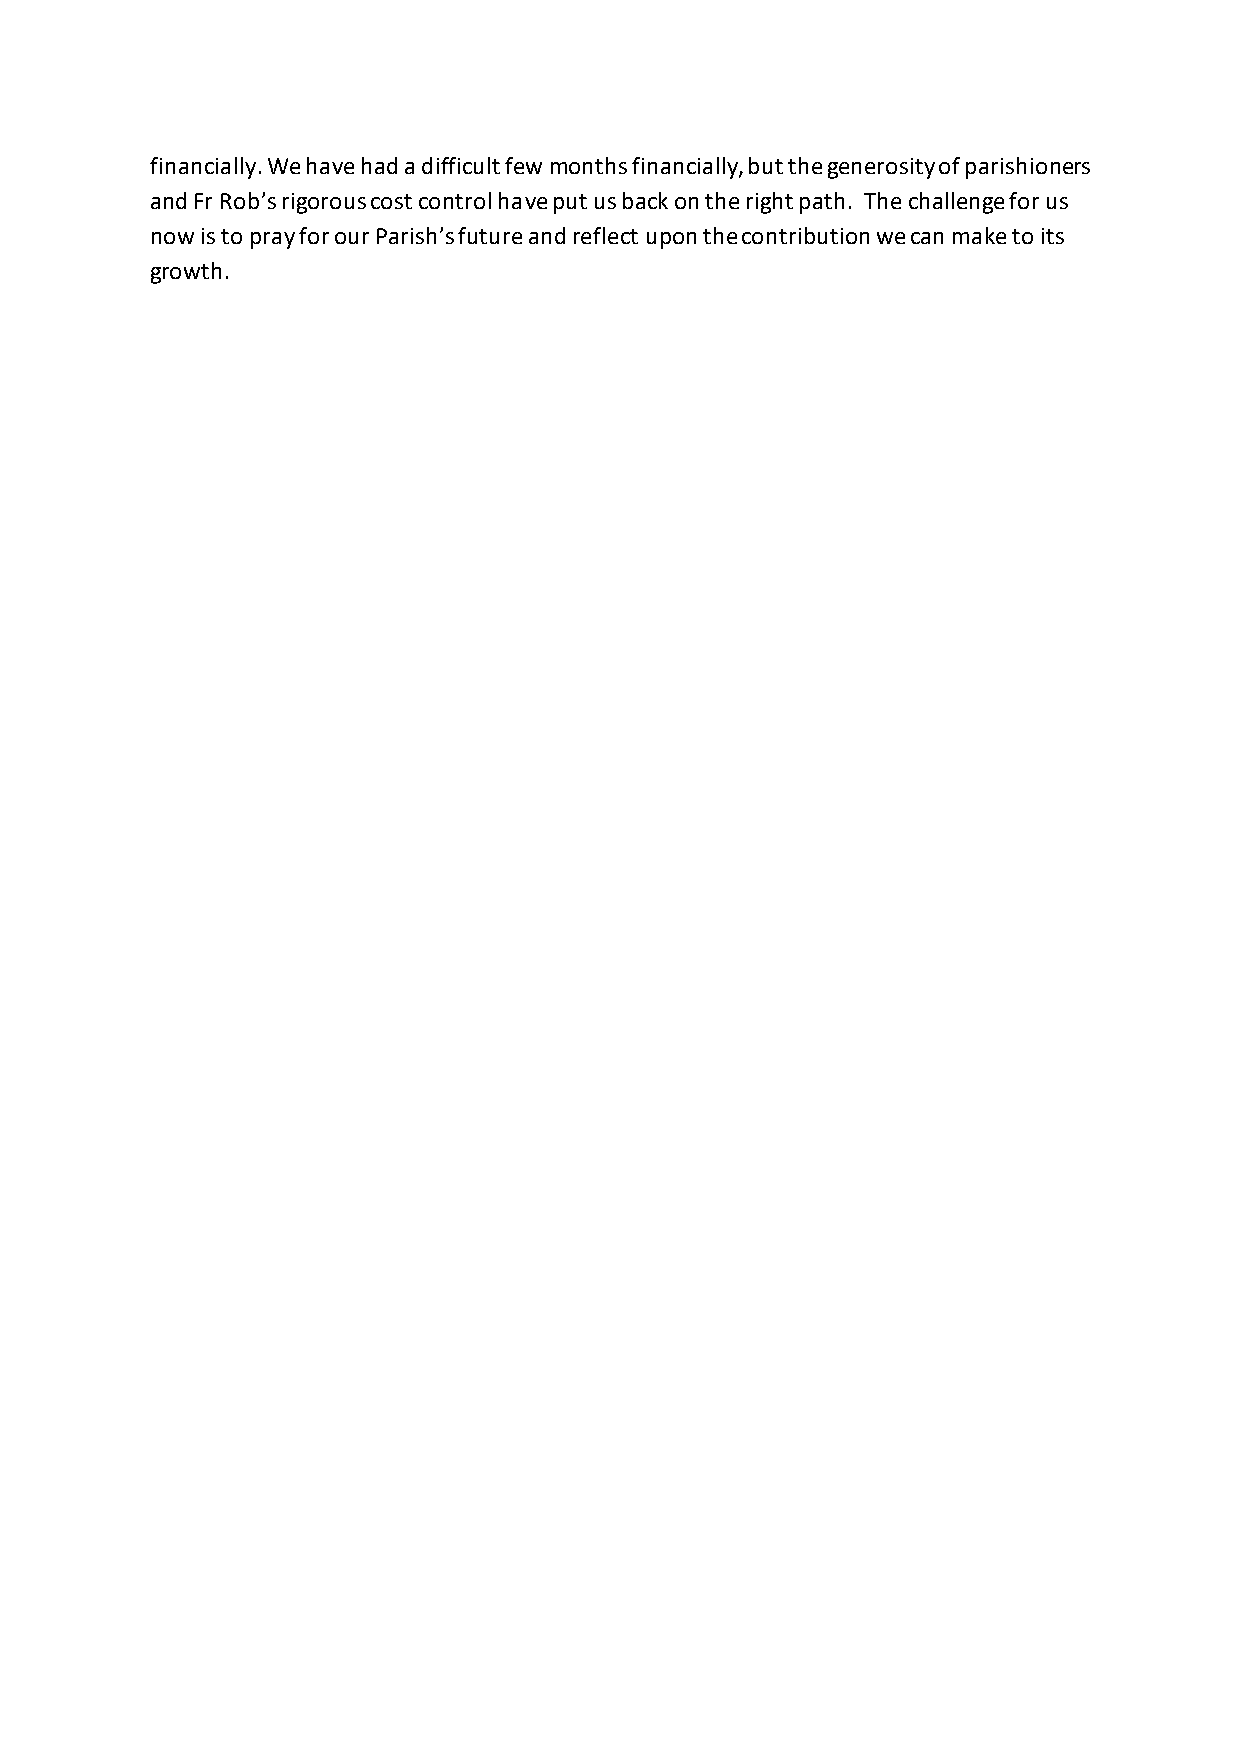
financially. We have had a difficult few months financially, but the generosity of parishioners
 and Fr Rob’s rigorous cost control have put us back on the right path. The challenge for us
 now is to pray for our Parish’s future and reflect upon the contribution we can make to its
 growth.